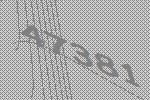
47381